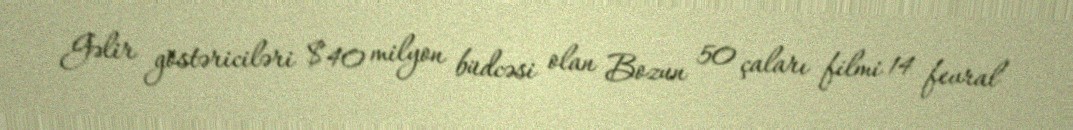
Gəlir göstəriciləri $40 milyon büdcəsi olan Bozun 50 çaları filmi 14 fevral